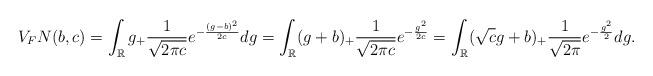
LaTeX: \begin{align*} V_FN(b,c)=\int_{\mathbb{R}}g_+\frac{1}{\sqrt{2\pi c}}e^{-\frac{(g-b)^2}{2c}}dg=\int_{\mathbb{R}}(g+b)_+\frac{1}{\sqrt{2\pi c}}e^{-\frac{g^2}{2c}}=\int_{\mathbb{R}}(\sqrt{c}g+b)_+\frac{1}{\sqrt{2\pi}}e^{-\frac{g^2}{2}}dg.\end{align*}